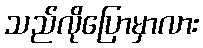
သည်လိုပြောမှာလား